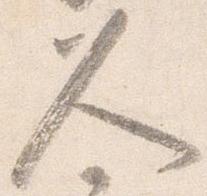
久